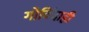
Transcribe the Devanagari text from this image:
गोविंदाही